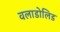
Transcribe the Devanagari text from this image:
वलाडोलिड